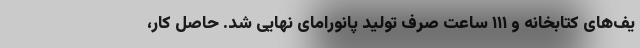
یف‌های کتابخانه و ۱۱۱ ساعت صرف تولید پانورامای نهایی شد. حاصل کار،